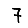
Digit: 7